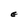
Character: E